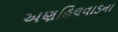
અણહિલવાડના